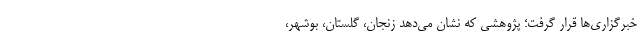
خبرگزاری‌ها قرار گرفت؛ پژوهشی که نشان می‌دهد زنجان، گلستان، بوشهر،